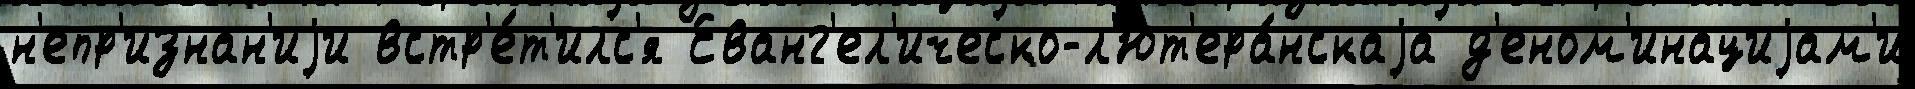
н'епр'изнан'иjи встр'е́т'илс'я Еванг'ел'ическо-л'ют'ера́нскаjа д'еном'инациjам'и